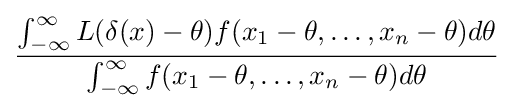
{\frac {\int _{-\infty }^{\infty }L(\delta (x)-\theta )f(x_{1}-\theta ,\dots ,x_{n}-\theta )d\theta }{\int _{-\infty }^{\infty }f(x_{1}-\theta ,\dots ,x_{n}-\theta )d\theta }}